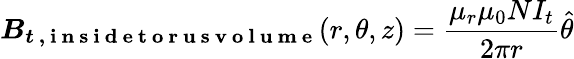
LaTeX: \boldsymbol{B_{t\mathrm{~,~i~n~s~i~d~e~t~o~r~u~s~v~o~l~u~m~e~}}}(r,\theta,z)=\frac{\mu_{r}\mu_{0}NI_{t}}{2\pi r}\hat{\theta}